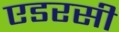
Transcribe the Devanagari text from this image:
एडरसी